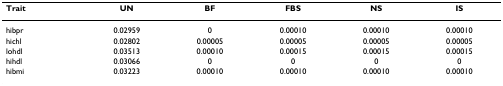
<table><thead><tr><td><b>Trait</b></td><td><b>UN</b></td><td><b>BF</b></td><td><b>FBS</b></td><td><b>NS</b></td><td><b>IS</b></td></tr></thead><tbody><tr><td>hibpr</td><td>0.02959</td><td>0</td><td>0.00010</td><td>0.00010</td><td>0.00010</td></tr><tr><td>hichl</td><td>0.02802</td><td>0.00005</td><td>0.00005</td><td>0.00005</td><td>0.00005</td></tr><tr><td>lohdl</td><td>0.03513</td><td>0.00010</td><td>0.00015</td><td>0.00015</td><td>0.00015</td></tr><tr><td>hihdl</td><td>0.03066</td><td>0</td><td>0</td><td>0</td><td>0</td></tr><tr><td>hibmi</td><td>0.03223</td><td>0.00010</td><td>0.00010</td><td>0.00010</td><td>0.00010</td></tr></tbody></table>